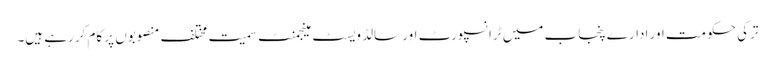
ترکی حکومت اور ادارے پنجاب میں ٹرانسپورٹ اور سالڈ ویسٹ مینجمنٹ سمیت مختلف منصوبوں پر کام کررہے ہیں۔